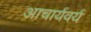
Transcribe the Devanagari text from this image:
आचार्यवर्य